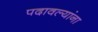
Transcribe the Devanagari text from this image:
पदावल्यांना